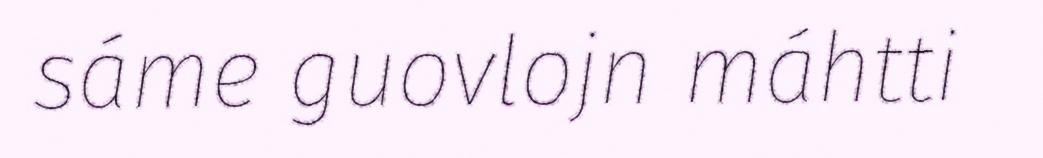
sáme guovlojn máhtti